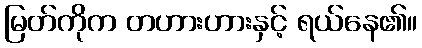
မြတ်ကိုက တဟားဟားနှင့် ရယ်နေ၏။